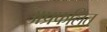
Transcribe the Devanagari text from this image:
अप्रफलित